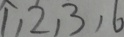
1 , 2 , 3 , 6